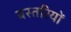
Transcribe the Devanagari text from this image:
बस्तरियों